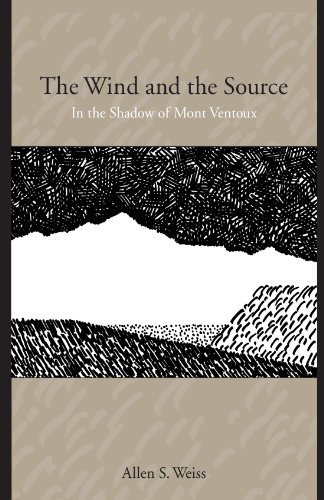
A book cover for The Wind And the Source: In the Shadow of Mont Ventoux; Allen S. Weiss; Politics & Social Sciences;